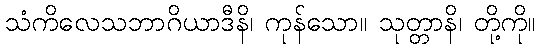
သံကိလေသဘာဂိယာဒီနိ၊ ကုန်သော။ သုတ္တာနိ၊ တို့ကို။